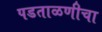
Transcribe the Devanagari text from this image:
पडताळणीचा